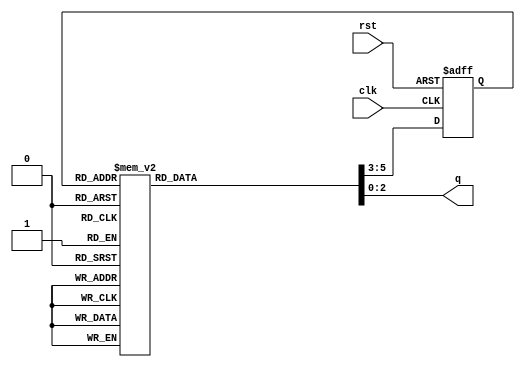
module contador_fsm (

				 rst,
				 clk,
				 q
				 
				 );
				 
input rst;
input clk;

output [2:0] q;
reg [2:0] q;

parameter ST0 = 0;
parameter ST1 = 1;
parameter ST2 = 2;
parameter ST3 = 3;
parameter ST4 = 4;
parameter ST5 = 5;
parameter ST6 = 6;
parameter ST7 = 7;

reg [2:0] currentstate;
reg [2:0] nextstate;

//----------------- Estado Atual --------------

always @(posedge clk or negedge rst)

	if(!rst)
	
		currentstate <= ST0;
		
	else
	
		currentstate <= nextstate;
		
//--------------------------------------------
//---- Prximo Estado ------------------------

always @(currentstate)
begin

	case (currentstate)

	ST0: begin

		q = 3'd0;
		nextstate = ST1;
		
	end
	
		
	ST1: begin

		q = 3'd3;
		nextstate = ST2;
		
	end
	
	ST2: begin

		q = 3'd4;
		nextstate = ST3;
		
	end
	
	ST3: begin

		q = 3'd2;
		nextstate = ST4;
		
	end
	
	ST4: begin

		q = 3'd5;
		nextstate = ST5;
		
	end
	ST5: begin

		q = 3'd7;
		nextstate = ST6;
		
	end
	
	ST6: begin

		q = 3'd6;
		nextstate = ST7;
		
	end
	
	ST7: begin

		q = 3'd1;
		nextstate = ST0;
		
	end
	
	default: begin

		q = 3'd0;
		nextstate = ST0;
		
	end
	
	endcase
	
end

endmodule